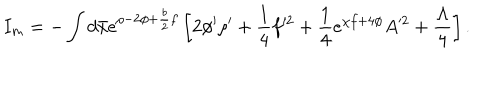
LaTeX: I _ { m } = - \int d \bar { x } e ^ { \rho - 2 \phi + \frac { b } { 2 } f } \left[ 2 \phi ^ { \prime } \rho ^ { \prime } + \frac { 1 } { 4 } f ^ { \prime 2 } + \frac { 1 } { 4 } e ^ { \chi f + 4 \phi } A ^ { \prime 2 } + \frac { \Lambda } { 4 } \right] .